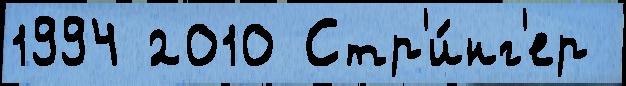
1994 2010 Стр'и́нг'ер